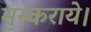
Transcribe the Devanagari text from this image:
मुस्कराये।